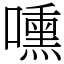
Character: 嚑